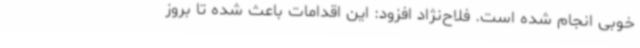
خوبی انجام شده است. فلاح‌نژاد افزود: این اقدامات باعث شده تا بروز